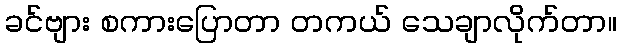
ခင်ဗျား စကားပြောတာ တကယ် သေချာလိုက်တာ။